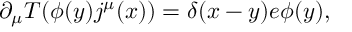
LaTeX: \partial _ { \mu } T ( \phi ( y ) j ^ { \mu } ( x ) ) = \delta ( x - y ) e \phi ( y ) ,